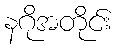
နဂိုအတိုင်း